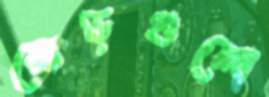
মোড়গুলো